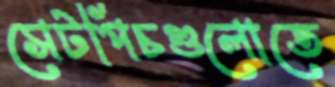
সেটপিচগুলোতে